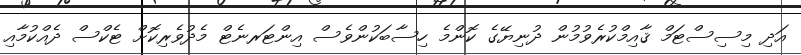
އަދި މިސިސްޓަމް ޤާއިމްކުރެވުމުން ދުނިޔޭގެ ކޮންމެ ހިސާބަކުންވެސް އިންޓަރނެޓް މެދުވެރިކޮށް ޓެކްސް ދެއްކުމާއި